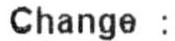
CHANGE :